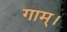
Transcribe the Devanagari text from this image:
गाम्।